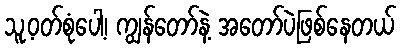
သူ့ဝတ်စုံပေါ့၊ ကျွန်တော်နဲ့ အတော်ပဲဖြစ်နေတယ်